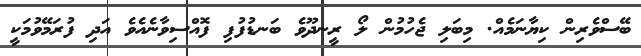
ބޭސްވެރިން ކިޔާނަމެއް. މިބަލި ޖެހުމުން ލޯ ރީނދޫވެ ބަނޑުފުފި ފޮއްސިވާނެއެވެ އަދި ފުރަމޭވުމަކީ